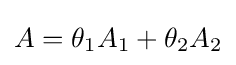
A=\theta _{1}A_{1}+\theta _{2}A_{2}